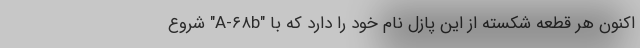
اکنون هر قطعه شکسته از این پازل نام خود را دارد که با "A-۶۸b" شروع